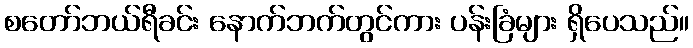
စတော်ဘယ်ရီခင်း နောက်ဘက်တွင်ကား ပန်းခြံများ ရှိပေသည်။